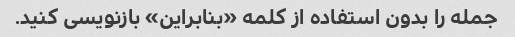
جمله را بدون استفاده از کلمه «بنابراین» بازنویسی کنید.